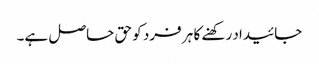
جائیداد رکھنے کا ہر فرد کو حق حاصل ہے۔